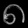
Digit: ၈